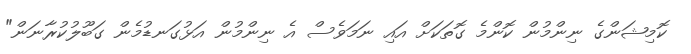
ކޮމިޝަންގެ ނިންމުން ކޮންމެ ގޮތަކަށް އައި ނަމަވެސް އެ ނިންމުން އަޅުގަނޑުމެން ގަބޫލުކުރާނަން"